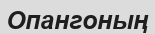
Опангоның